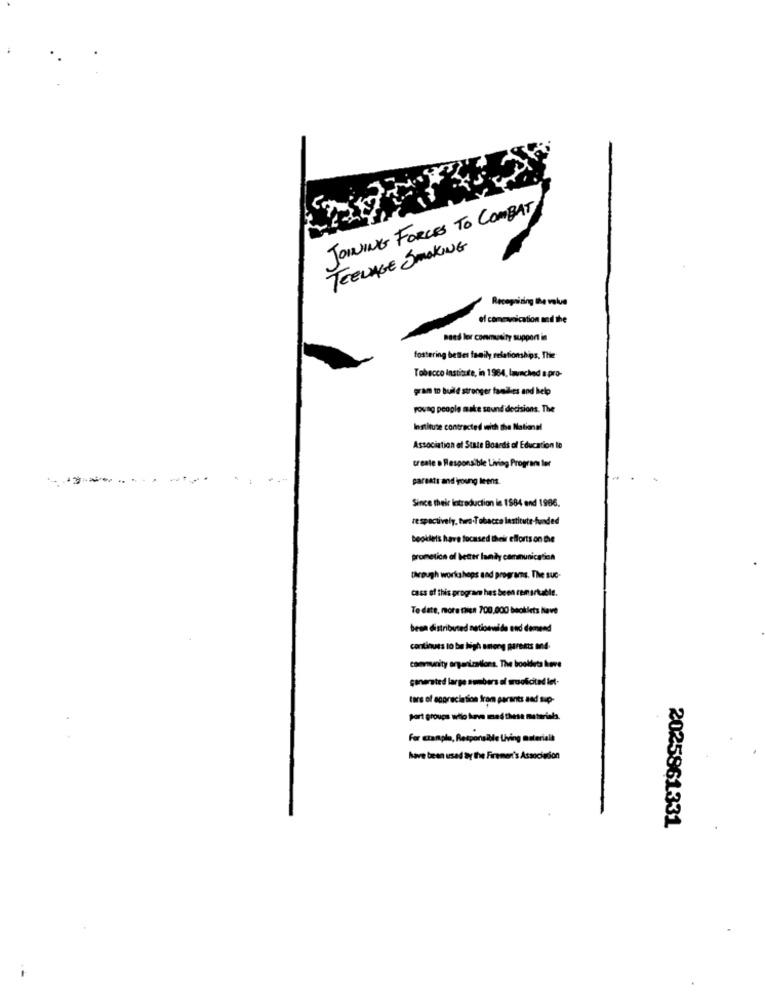
JOINING FORCES TO COMBAT
TEENAGE SMOKING
Recognizing the value
of comevaication and the
need ler community support in
fostering bettes family relationships, The
Tobacco Institute, in 1964, launched a pro-
gran to build stronger famdies and help
rovag people make sound decisions. The
Institute contracted with the National
Association of State Boards of Education to
create · Responsible Living Program ler
--
parents and young teens.
Since their introduction in 1584 end 1986.
respectively, tura-Tobacco lastitute-funded
booklets have tocased their efforts on De
prometice of better landy communication
through workshops and programs. The suc-
cass of this program hes been remarkable.
To date, more nica 700,000 booklets Nave
been distributed national de and demend
continues to be high among parents and-
community organizations. The booklets love
generated large numbers of mrooficited let-
ters of appreciation from parants and sup-
port groups wilo kann med these materials.
For Example, Responsible Living materialk
have been used By the Firemen's Association
2025861331